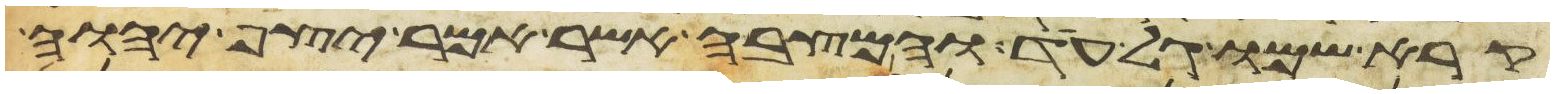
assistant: קרא שמו גל עד והמצבה אשר אמר יצף יהוה